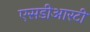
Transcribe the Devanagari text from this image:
एसडीआरटी